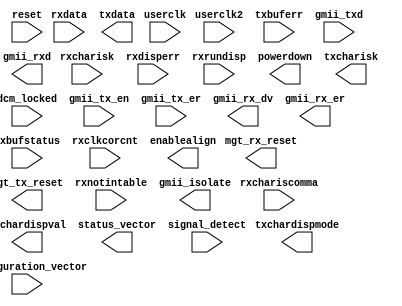
//------------------------------------------------------------------------------
//------------------------------------------------------------------------------
// (c) Copyright 2002-2008 Xilinx, Inc. All rights reserved.
//
// This file contains confidential and proprietary information
// of Xilinx, Inc. and is protected under U.S. and
// international copyright and other intellectual property
// laws.
//
// DISCLAIMER
// This disclaimer is not a license and does not grant any
// rights to the materials distributed herewith. Except as
// otherwise provided in a valid license issued to you by
// Xilinx, and to the maximum extent permitted by applicable
// law: (1) THESE MATERIALS ARE MADE AVAILABLE "AS IS" AND
// WITH ALL FAULTS, AND XILINX HEREBY DISCLAIMS ALL WARRANTIES
// AND CONDITIONS, EXPRESS, IMPLIED, OR STATUTORY, INCLUDING
// BUT NOT LIMITED TO WARRANTIES OF MERCHANTABILITY, NON-
// INFRINGEMENT, OR FITNESS FOR ANY PARTICULAR PURPOSE; and
// (2) Xilinx shall not be liable (whether in contract or tort,
// including negligence, or under any other theory of
// liability) for any loss or damage of any kind or nature
// related to, arising under or in connection with these
// materials, including for any direct, or any indirect,
// special, incidental, or consequential loss or damage
// (including loss of data, profits, goodwill, or any type of
// loss or damage suffered as a result of any action brought
// by a third party) even if such damage or loss was
// reasonably foreseeable or Xilinx had been advised of the
// possibility of the same.
//
// CRITICAL APPLICATIONS
// Xilinx products are not designed or intended to be fail-
// safe, or for use in any application requiring fail-safe
// performance, such as life-support or safety devices or
// systems, Class III medical devices, nuclear facilities,
// applications related to the deployment of airbags, or any
// other applications that could lead to death, personal
// injury, or severe property or environmental damage
// (individually and collectively, "Critical
// Applications"). Customer assumes the sole risk and
// liability of any use of Xilinx products in Critical
// Applications, subject only to applicable laws and
// regulations governing limitations on product liability.
//
// THIS COPYRIGHT NOTICE AND DISCLAIMER MUST BE RETAINED AS
// PART OF THIS FILE AT ALL TIMES. 
//
//
//------------------------------------------------------------------------------
// Description: This package holds the top level component declaration
// for the Ethernet 1000BASE-X PCS/PMA core.



module gig_eth_pcs_pma_v11_5
   (
      // Core <=> tranceiver Interface
      //------------------------------

      output       mgt_rx_reset,          // tranceiver connection: reset for the receiver half of the tranceiver
      output       mgt_tx_reset,          // tranceiver connection: reset for the transmitter half of the tranceiver
      input        userclk,               // Routed to TXUSERCLK and RXUSERCLK of Transceiver.
      input        userclk2,              // Routed to TXUSERCLK2 and RXUSERCLK2 of Transceiver.
      input        dcm_locked,            // LOCKED signal from DCM.

      input [1:0]  rxbufstatus,           // tranceiver connection: Elastic Buffer Status.
      input [0:0]  rxchariscomma,         // tranceiver connection: Comma detected in RXDATA.
      input [0:0]  rxcharisk,             // tranceiver connection: K character received (or extra data bit) in RXDATA.
      input [2:0]  rxclkcorcnt,           // tranceiver connection: Indicates clock correction.
      input [7:0]  rxdata,                // tranceiver connection: Data after 8B/10B decoding.
      input [0:0]  rxdisperr,             // tranceiver connection: Disparity-error in RXDATA.
      input [0:0]  rxnotintable,          // tranceiver connection: Non-existent 8B/10 code indicated.
      input [0:0]  rxrundisp,             // tranceiver connection: Running Disparity of RXDATA (or extra data bit).
      input        txbuferr,              // tranceiver connection: TX Buffer error (overflow or underflow).

      output       powerdown,             // tranceiver connection: Powerdown the tranceiver
      output       txchardispmode,        // tranceiver connection: Set running disparity for current byte.
      output       txchardispval,         // tranceiver connection: Set running disparity value.
      output       txcharisk,             // tranceiver connection: K character transmitted in TXDATA.
      output [7:0] txdata,                // tranceiver connection: Data for 8B/10B encoding.
      output       enablealign,           // Allow the transceivers to serially realign to a comma character.

      // GMII Interface (MAC <=> PCS)
      //-----------------------------

      input [7:0]  gmii_txd,              // Transmit data from client MAC.
      input        gmii_tx_en,            // Transmit control signal from client MAC.
      input        gmii_tx_er,            // Transmit control signal from client MAC.
      output [7:0] gmii_rxd,              // Received Data to client MAC.
      output       gmii_rx_dv,            // Received control signal to client MAC.
      output       gmii_rx_er,            // Received control signal to client MAC.
      output       gmii_isolate,          // Tristate control to electrically isolate GMII.

      // Alternative to MDIO Interface
      //------------------------------

      input [4:0]  configuration_vector,  // Alternative to MDIO interface.

      // General IO's
      //-------------
      output [15:0] status_vector,         // Core status.
      input        reset,                 // Asynchronous reset for entire core.
      input        signal_detect          // Input from PMD to indicate presence of optical input.
   );

endmodule // gig_eth_pcs_pma_v11_5